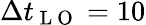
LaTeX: \Delta t_{\mathrm{~L~O~}}=10